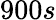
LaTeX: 900s